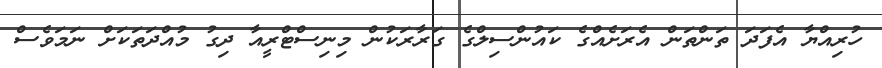
ހުރިއްޔާ އެފަދަ ތަންތަން އެރަށެއްގެ ކައުންސިލްގެ ގަރާރަކުން މިނިސްޓްރީއާ ދިގު މުއްދަތަކަށް ނަމަވެސް